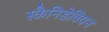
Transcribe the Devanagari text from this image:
स्कैनिडेवियन